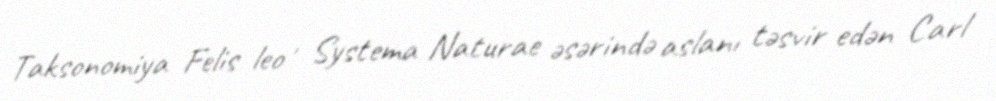
Taksonomiya Felis leo , Systema Naturae əsərində aslanı təsvir edən Carl